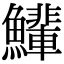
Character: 𫚄